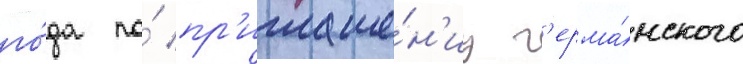
го́да по́ пр'иглаше́н'иу г'ерма́нского